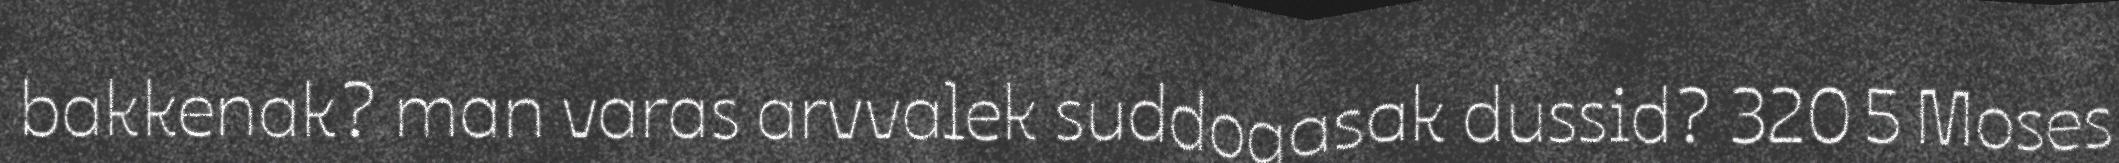
bakkenak? man varas arvvalek suddogasak dussid? 320 5 Moses